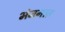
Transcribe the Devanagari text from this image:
भंजनात